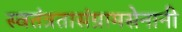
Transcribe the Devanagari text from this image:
स्वतंत्रतासंग्रामसेनानी